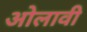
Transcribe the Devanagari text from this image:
ओलावी